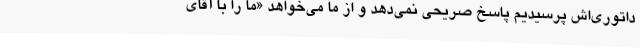
داتوری‌اش پرسیدیم پاسخ صریحی نمی‌دهد و از ما می‌خواهد «ما را با آقای